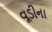
વૂડીના